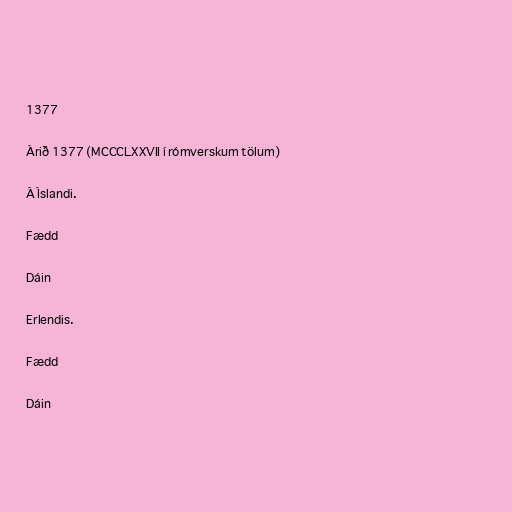
1377

Árið 1377 (MCCCLXXVII í rómverskum tölum)

Á Íslandi.

Fædd

Dáin

Erlendis.

Fædd

Dáin